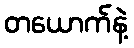
တယောက်နဲ့